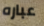
عباره